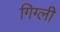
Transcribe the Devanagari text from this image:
गिग्ली